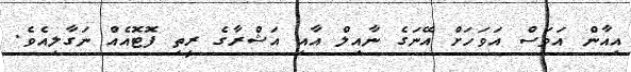
އިއާން އަވަސް އަވަހަށް އޭނަގެ ނާއިލް އާއި އަޝްރާގެ ރީތި ފޮޓޮއެއް ނަގާލިއެވެ.